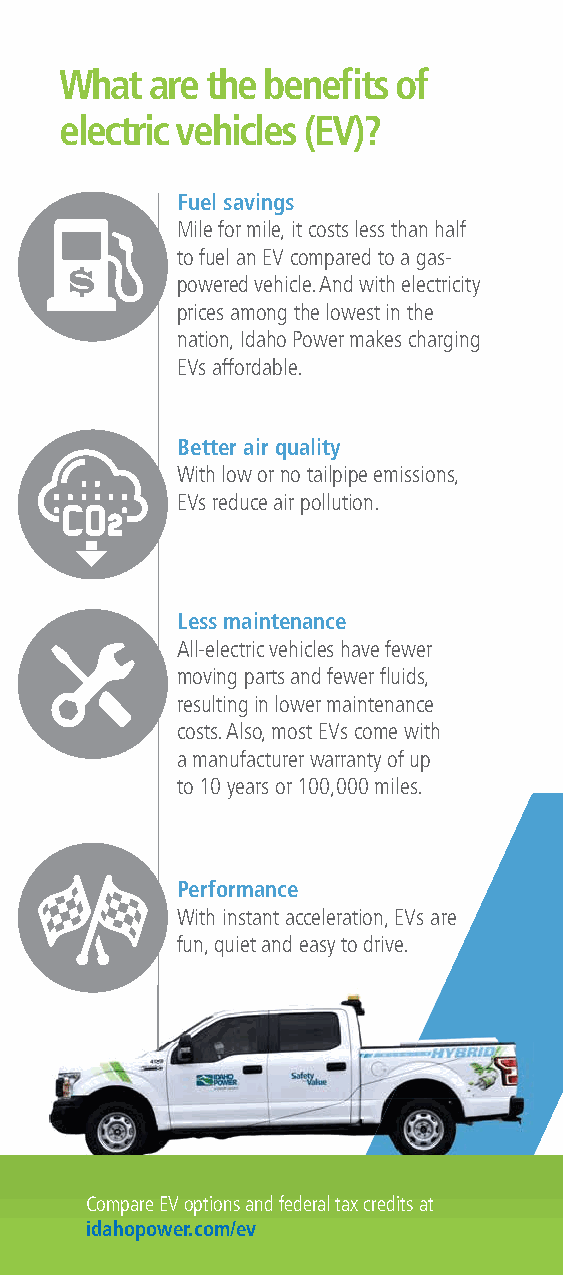
What  are the benefi ts of
 electric vehicles (EV)?
 Fuel savings
 Mile for mile, it costs less than half
 to fuel an EV compared to a gas-
 powered vehicle. And with electricity
 prices among the lowest in the
 nation, Idaho Power makes charging
 EVs affordable.
 Better air quality
 With low or no tailpipe emissions,
 EVs reduce air pollution.
 Less maintenance
 All-electric vehicles have fewer
 moving parts and fewer fl uids,
 resulting in lower maintenance
 costs. Also, most EVs come with
 a manufacturer warranty of up
 to 10 years or 100,000 miles.
 Performance
 With instant acceleration, EVs are
 fun, quiet and easy to drive.
 Compare EV options and federal tax credits at
 idahopower.com/ev